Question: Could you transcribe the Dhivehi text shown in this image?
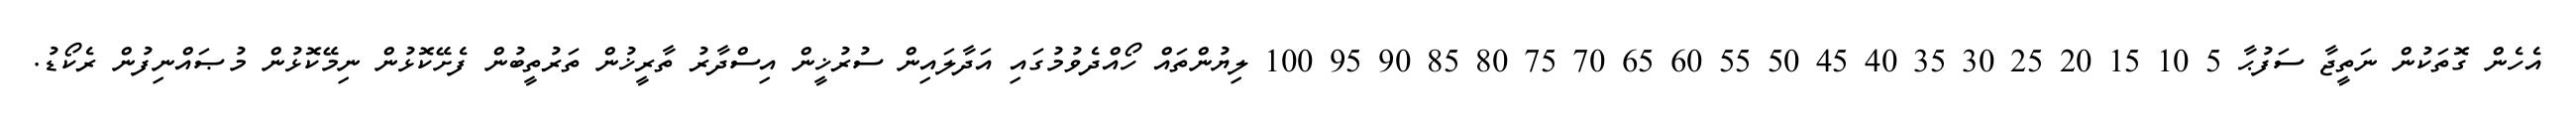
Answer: އެހެން ގޮތަކުން ނަތީޖާ ސަފުޙާ 5 10 15 20 25 30 35 40 45 50 55 60 65 70 75 80 85 90 95 100 ލިޔުންތައް ހޯއްދެވުމުގައި އަދާލައިން ސުރުޚީން އިސްދާރު ތާރީޚުން ތަރުތީބުން ފެށޭކޮޅުން ނިމޭކޮޅުން މުޞައްނިފުން ރެކޯޑު.